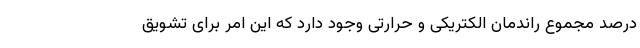
درصد مجموع راندمان الکتریکی و حرارتی وجود دارد که این امر برای تشویق